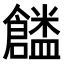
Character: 𠑜